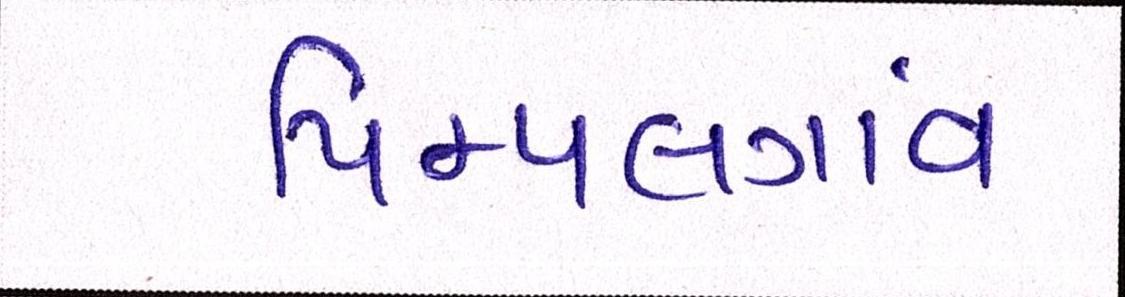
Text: પિમ્પલગાંવ